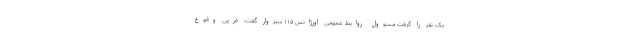
یک نفر را گرفت مسوول روابط عمومی اورژانس ۱۱۵ سبزوار گفت: درپی وقوع